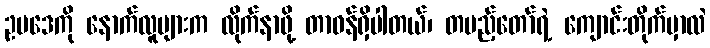
ဥပဒေကို နောက်လူများက လိုက်နာဖို့ တာဝန်ရှိပါတယ်၊ တပည့်တော်ရဲ့ ကျောင်းတိုက်မှာလဲ